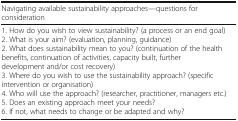
<table><thead><tr><td><b>Navigating available sustainability approaches—questions for consideration</b></td><td></td></tr></thead><tbody><tr><td>1. How do you wish to view sustainability? (a process or an end goal)2. What is your aim? (evaluation, planning, guidance)2. What does sustainability mean to you? (continuation of the health benefits, continuation of activities, capacity built, further development and/or cost recovery)3. Where do you wish to use the sustainability approach? (specific intervention or organisation)4. Who will use the approach? (researcher, practitioner, managers etc.)5. Does an existing approach meet your needs?6. If not, what needs to change or be adapted and why?</td><td></td></tr></tbody></table>